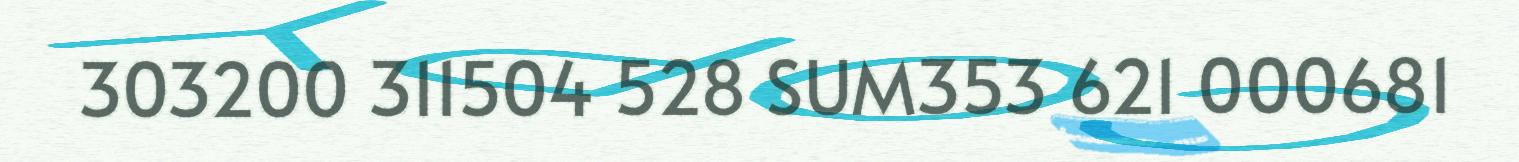
303200 311504 528 SUM353 621 000681